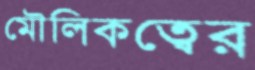
মৌলিকত্বের